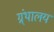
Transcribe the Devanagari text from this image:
ग्र्ंथालय